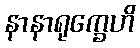
နာနာရုက္ခေဟိ